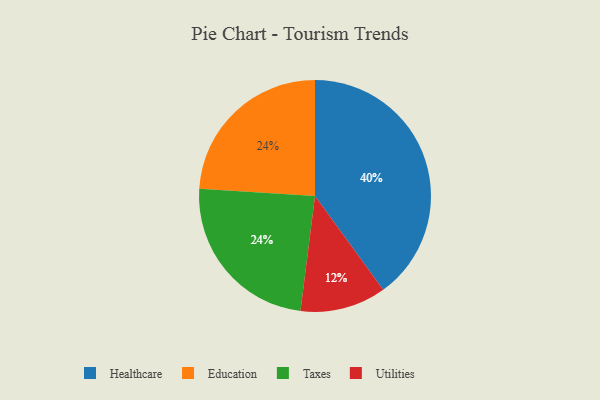
{"axis": {"x": "Category", "y": "Percentage"}, "legend": ["Education", "Healthcare", "Taxes", "Utilities"], "data": [{"x": "Utilities", "y": 12, "type": "Utilities"}, {"x": "Healthcare", "y": 40, "type": "Healthcare"}, {"x": "Education", "y": 24, "type": "Education"}, {"x": "Taxes", "y": 24, "type": "Taxes"}]}